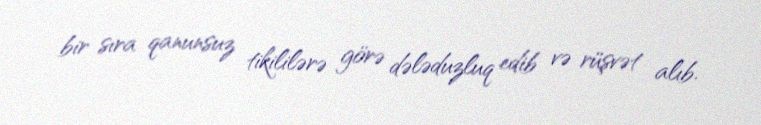
bir sıra qanunsuz tikililərə görə dələduzluq edib və rüşvət alıb.